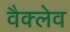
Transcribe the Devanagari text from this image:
वैक्लेव